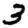
Digit: 3